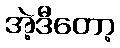
အဲ့ဒီတော့